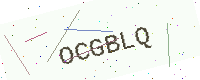
Text: OCGBLQ